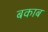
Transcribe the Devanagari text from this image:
बकाब